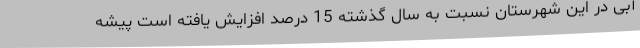
آبی در این شهرستان نسبت به سال گذشته 15 درصد افزایش یافته است پیشه